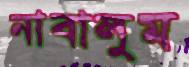
নাবালুম